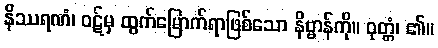
နိဿရဏံ၊ ဝဋ်မှ ထွက်မြောက်ရာဖြစ်သော နိဗ္ဗာန်ကို။ ဝုတ္တံ၊ ၏။